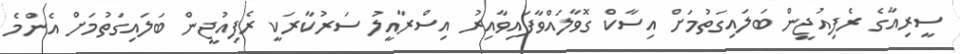
ސީރިއާގެ ރެފިއުޖީން ބަލައިގަތުމަށް އިސާކް ގޮވާލައްވާފައިވާއިރު އިސްރާއީލު ސަރުކާރަކީ ރެފިއުޖީން ބަލައިގަތުމަށް އެންމެ